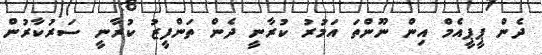
ދެން ޕީޕީއެމް އިން ނޫންތަ އަމުރު ކުރާނީ ދެން ތަންފީޒު ކުރާނީ ސަރުކާރުން